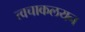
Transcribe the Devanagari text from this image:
त्वचाकलयन